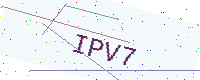
Text: IPV7